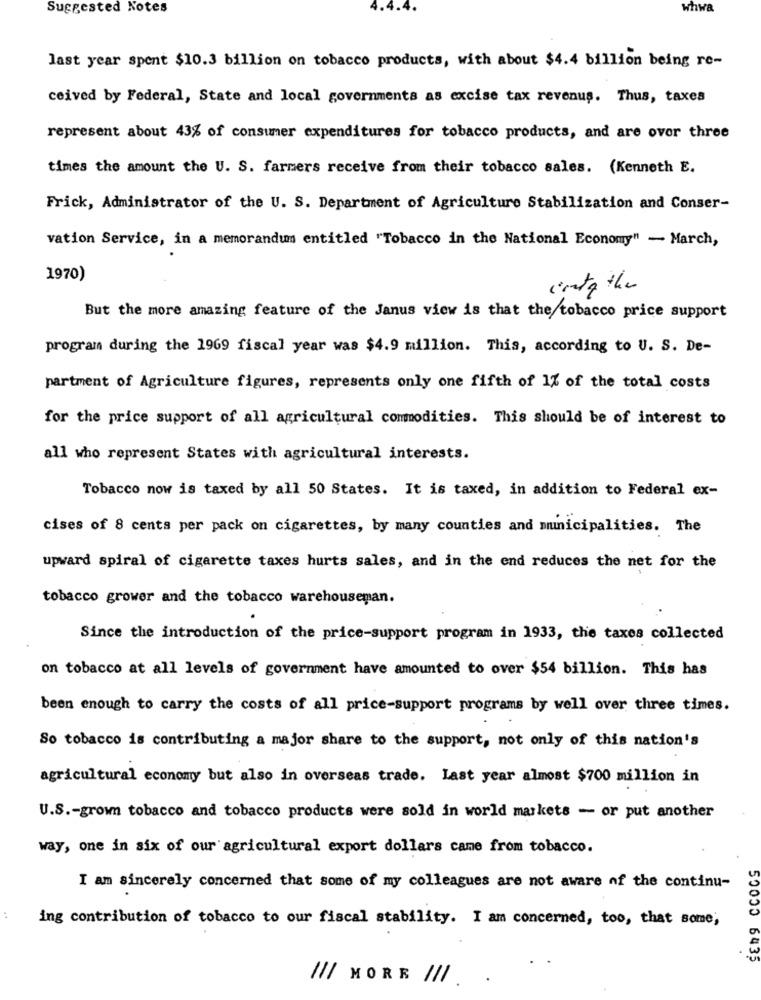
Suggested Notes
whwa
last year spent $10.3 billion on tobacco products, with about $4.4 billion being re-
ceived by Federal, State and local governments as excise tax revenus. Thus, taxes
represent about 43% of consumer expenditures for tobacco products, and are over three
times the amount the U. S. farmers receive from their tobacco sales. (Kenneth E.
Frick, Administrator of the U. S. Department of Agriculture Stabilization and Conser-
vation Service, in a memorandum entitled "Tobacco in the National Economy" - March,
1970)
into the
But the more amazing feature of the Janus view is that the tobacco price support
program during the 1969 fiscal year was $4.9 million. This, according to U. S. De-
partment of Agriculture figures, represents only one fifth of 1% of the total costs
for the price support of all agricultural commodities. This should be of interest to
all who represent States with agricultural interests.
Tobacco now is taxed by all 50 States. It is taxed, in addition to Federal ex-
cises of 8 cents per pack on cigarettes, by many counties and municipalities. The
upward spiral of cigarette taxes hurts sales, and in the end reduces the net for the
tobacco grower and the tobacco warehouseman.
Since the introduction of the price-support program in 1933, the taxes collected
on tobacco at all levels of government have amounted to over $54 billion. This has
been enough to carry the costs of all price-support programs by well over three times.
So tobacco is contributing a major share to the support, not only of this nation's
agricultural economy but also in overseas trade. Last year almost $700 million in
U.S .- grown tobacco and tobacco products were sold in world markets - or put another
way, one in six of our agricultural export dollars came from tobacco.
cEng CCOCS
I am sincerely concerned that some of my colleagues are not aware of the continu-
ing contribution of tobacco to our fiscal stability. I am concerned, too, that some;
/// MORE